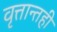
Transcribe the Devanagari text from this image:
वृत्तान्तही